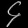
Digit: ၄